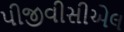
પીજીવીસીએલ